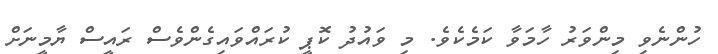
ހުންނެވި މިންވަރު ހާމަވާ ކަމެކެވެ. މި ވައުދު ކޮޕީ ކުރައްވައިގެންވެސް ރައީސް ޔާމީނަށް